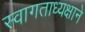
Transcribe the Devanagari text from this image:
स्वागताध्यक्षाने